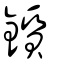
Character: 鑕